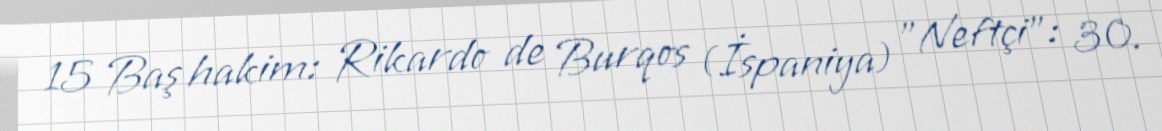
15 Baş hakim: Rikardo de Burqos (İspaniya) "Neftçi": 30.